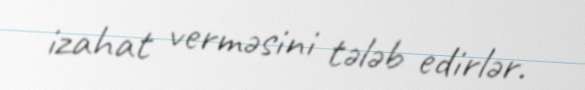
izahat verməsini tələb edirlər.